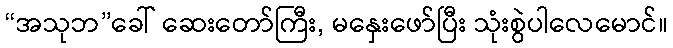
“အသုဘ”ခေါ် ဆေးတော်ကြီး, မနှေးဖော်ပြီး သုံးစွဲပါလေမောင်။